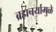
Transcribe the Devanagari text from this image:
ब्रह्मचर्यामुळे